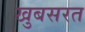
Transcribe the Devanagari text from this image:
खुबसरत